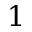
1